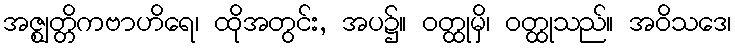
အဇ္ဈတ္တိကဗာဟိရေ၊ ထိုအတွင်း, အပ၌။ ဝတ္ထုမှိ၊ ဝတ္ထုသည်။ အဝိသဒေ၊